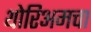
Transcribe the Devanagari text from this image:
थोरिअमचा